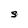
Character: S